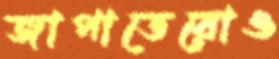
জাপাতেরোও